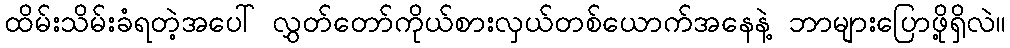
ထိမ်းသိမ်းခံရတဲ့အပေါ် လွှတ်တော်ကိုယ်စားလှယ်တစ်ယောက်အနေနဲ့ ဘာများပြောဖို့ရှိလဲ။